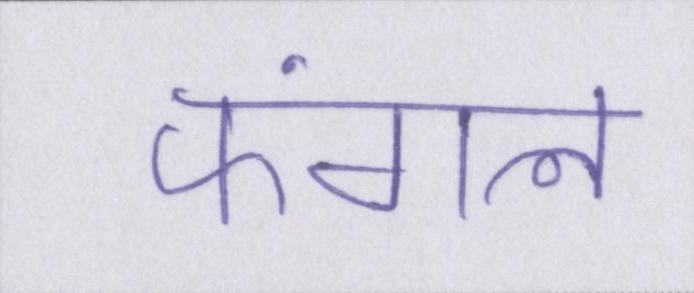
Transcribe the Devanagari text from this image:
फंगल